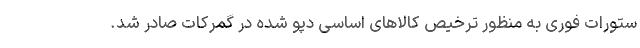
ستورات فوری به منظور ترخیص کالاهای اساسی دپو شده در گمرکات صادر شد.